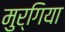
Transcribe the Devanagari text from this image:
मुर्गिया